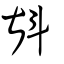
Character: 斟